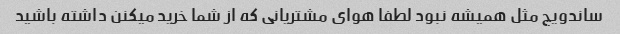
ساندویچ مثل همیشه نبود لطفا هوای مشتریانی که از شما خرید میکنن داشته باشید